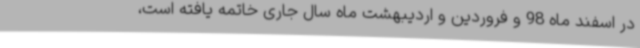
در اسفند ماه 98 و فروردین و اردیبهشت ماه سال جاری خاتمه یافته است،